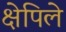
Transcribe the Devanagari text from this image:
क्षेपिले